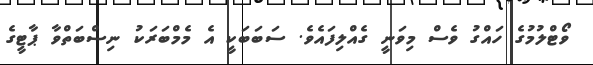
ވޯޓްލުމުގެ ހައްގު ވެސް މިވަނީ ގެއްލިފައެވެ. ސަބަަބަކީ އެ މެމްބަރަކު ނިސްބަތްވާ ޕާޓީގެ